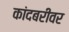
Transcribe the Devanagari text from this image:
कांदबरीवर